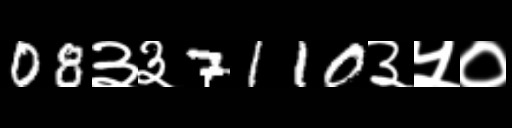
Text: 08३३7110३५०